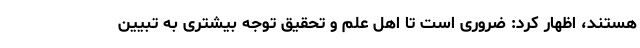
هستند، اظهار کرد: ضروری است تا اهل علم و تحقیق توجه بیشتری به تبیین